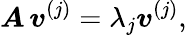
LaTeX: \boldsymbol{A}\, \boldsymbol{v}^{(j)}=\lambda_{j}\boldsymbol{v}^{(j)},